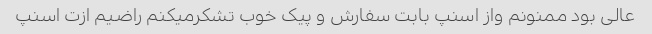
عالی بود ممنونم واز اسنپ بابت سفارش و پیک خوب تشکرمیکنم راضیم ازت اسنپ